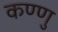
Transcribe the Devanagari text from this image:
कण्णु